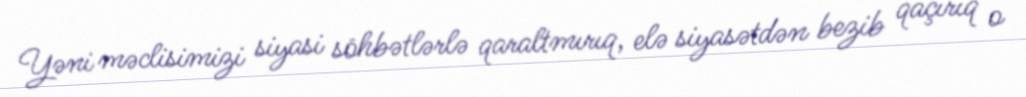
Yəni məclisimizi siyasi söhbətlərlə qaraltmırıq, elə siyasətdən bezib qaçırıq o